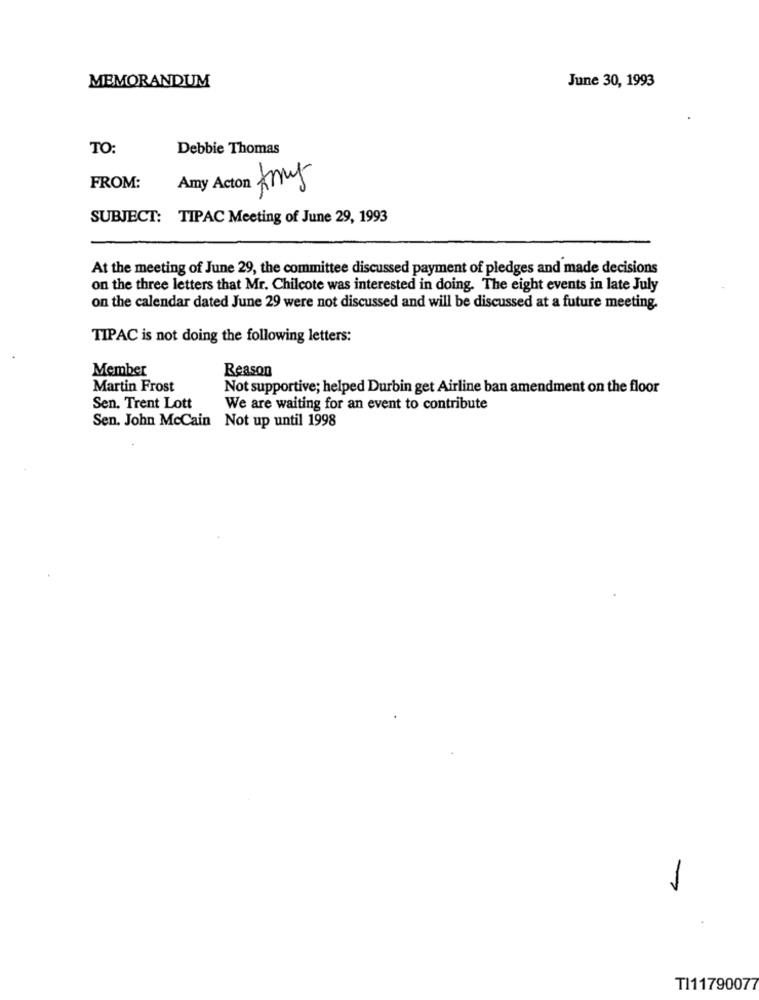
MEMORANDUM
June 30, 1993
TO:
Debbie Thomas
Amy
FROM:
Amy Ac
SUBJECT: TIPAC Meeting of June 29, 1993
At the meeting of June 29, the committee discussed payment of pledges and made decisions
on the three letters that Mr. Chilcote was interested in doing. The eight events in late July
on the calendar dated June 29 were not discussed and will be discussed at a future meeting.
TIPAC is not doing the following letters:
Member
Reason
Martin Frost
Not supportive; helped Durbin get Airline ban amendment on the floor
Sen. Trent Lott
We are waiting for an event to contribute
Sen. John McCain Not up until 1998
-
TI11790077